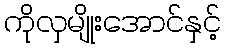
ကိုလှမျိုးအောင်နှင့်